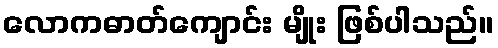
လောကဓာတ်ကျောင်း မျိုး ဖြစ်ပါသည်။